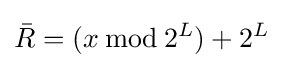
{\bar {R}}=(x\,{\bmod {\,}}2^{L})+2^{L}